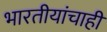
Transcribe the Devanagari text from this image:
भारतीयांचाही